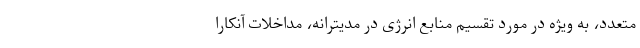
متعدد، به ویژه در مورد تقسیم منابع انرژی در مدیترانه، مداخلات آنکارا